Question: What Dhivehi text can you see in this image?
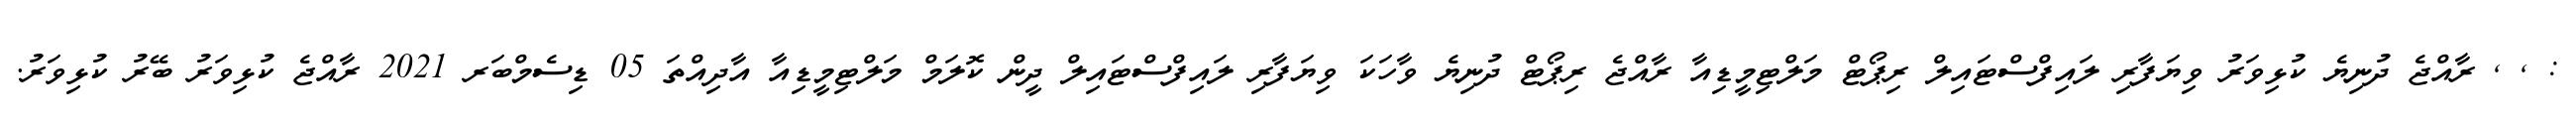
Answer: : , , ރާއްޖެ ދުނިޔެ ކުޅިވަރު ވިޔަފާރި ލައިފްސްޓައިލް ރިޕޯޓް މަލްޓިމީޑިއާ ރާއްޖެ ރިޕޯޓް ދުނިޔެ ވާހަކަ ވިޔަފާރި ލައިފްސްޓައިލް ދީން ކޮލަމް މަލްޓިމީޑިއާ އާދިއްތަ 05 ޑިސެމްބަރ 2021 ރާއްޖެ ކުޅިވަރު ބޭރު ކުޅިވަރު.